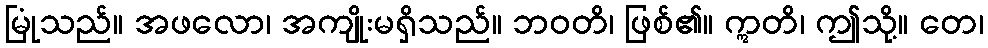
မြုံသည်။ အဖလော၊ အကျိုးမရှိသည်။ ဘဝတိ၊ ဖြစ်၏။ ဣတိ၊ ဤသို့။ တေ၊